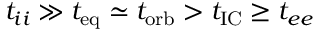
t _ { i i } \gg t _ { \mathrm { e q } } \simeq t _ { \mathrm { o r b } } > t _ { \mathrm { I C } } \geq t _ { e e }